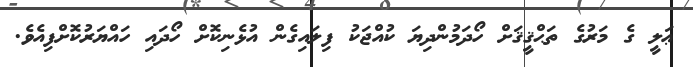
ޢަލީ ގެ މަރުގެ ތަޙްޤީޤަށް ހޯދަމުންދިޔަ ކުއްޖަކު ފިލައިގެން އުޅެނިކޮށް ހޯދައި ހައްޔަރުކޮށްފިއެވެ.